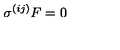
\sigma ^ { ( i j ) } F = 0